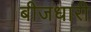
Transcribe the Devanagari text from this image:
बीजधारी